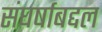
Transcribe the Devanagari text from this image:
संघर्षाबद्दल